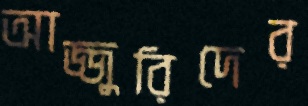
আজ্জুরিদের